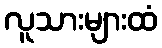
လူသားများထံ